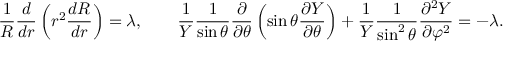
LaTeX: { \frac { 1 } { R } } { \frac { d } { d r } } \left( r ^ { 2 } { \frac { d R } { d r } } \right) = \lambda , \qquad { \frac { 1 } { Y } } { \frac { 1 } { \sin \theta } } { \frac { \partial } { \partial \theta } } \left( \sin \theta { \frac { \partial Y } { \partial \theta } } \right) + { \frac { 1 } { Y } } { \frac { 1 } { \sin ^ { 2 } \theta } } { \frac { \partial ^ { 2 } Y } { \partial \varphi ^ { 2 } } } = - \lambda .